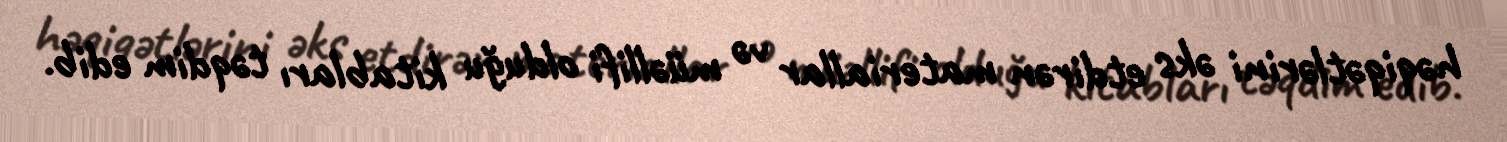
həqiqətlərini əks etdirən materiallar və müəllifi olduğu kitabları təqdim edib.